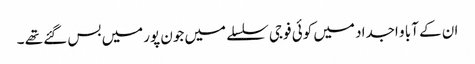
ان کے آبا و اجداد میں کوئی فوجی سلسلے میں جون پورمیں بس گئے تھے ۔